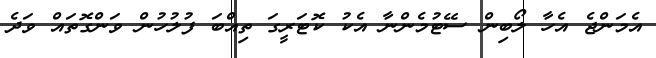
އެމަންޖެ އެހާ ލޯބިން ސޭޓުމެންނާ އެކު ކޮޓަރީގަ ތިއްބަ ފުލުހުން ވަންގޮތައް ވަދެ